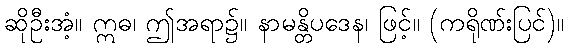
ဆိုဦးအံ့။ ဣဓ၊ ဤအရာ၌။ နာမန္တိပဒေန၊ ဖြင့်။ (ကရိုဏ်းပြင်)။